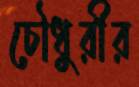
চৌধুরীর